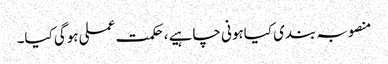
منصوبہ بندی کیاہونی چاہیے ،حکمت عملی ہوگی کیا۔